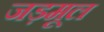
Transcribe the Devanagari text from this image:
जड़मूल